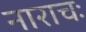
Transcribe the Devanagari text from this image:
नाराचः